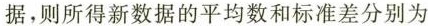
据，则所得新数据的平均数和标准差分别为